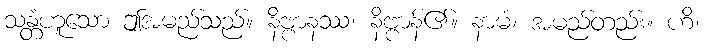
သန္တံဟူသော ဤအမည်သည်။ နိဗ္ဗာနဿ၊ နိဗ္ဗာန်၏။ နာမံ၊ အမည်တည်း။ ဟိ၊